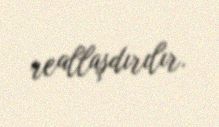
reallaşdırılır.